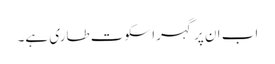
اب ان پر گہرا سکوت طاری ہے۔